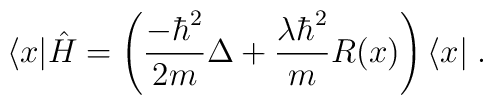
\langle x|\hat H=\left(\frac{-\hbar^2}{2m}\Delta+\frac{\lambda\hbar^2}{m}        R(x)\right)\langle x|\;.